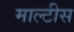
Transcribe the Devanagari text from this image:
माल्टीस